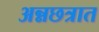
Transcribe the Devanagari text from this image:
अन्नछत्रात